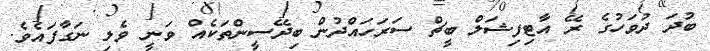
ބުދަ ދުވަހުގެ ރޭ އާޓިފިޝަލް ބީޗް ސަރަހައްދުން ބިދޭސީންތަކެއް ވަނީ ވެލި ނަގާފައެވެ.